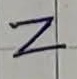
Text: Z